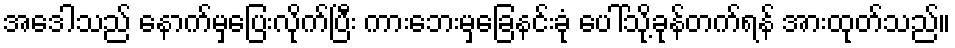
အေဒါသည် နောက်မှပြေးလိုက်ပြီး ကားဘေးမှခြေနင်းခုံ ပေါ်သို့ခုန်တက်ရန် အားထုတ်သည်။